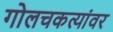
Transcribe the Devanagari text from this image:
गोलचकत्यांवर